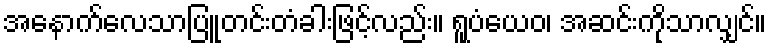
အနောက်လေသာပြူတင်းတံခါးဖြင့်လည်း။ ရူပံယေဝ၊ အဆင်းကိုသာလျှင်။